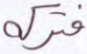
فتركه